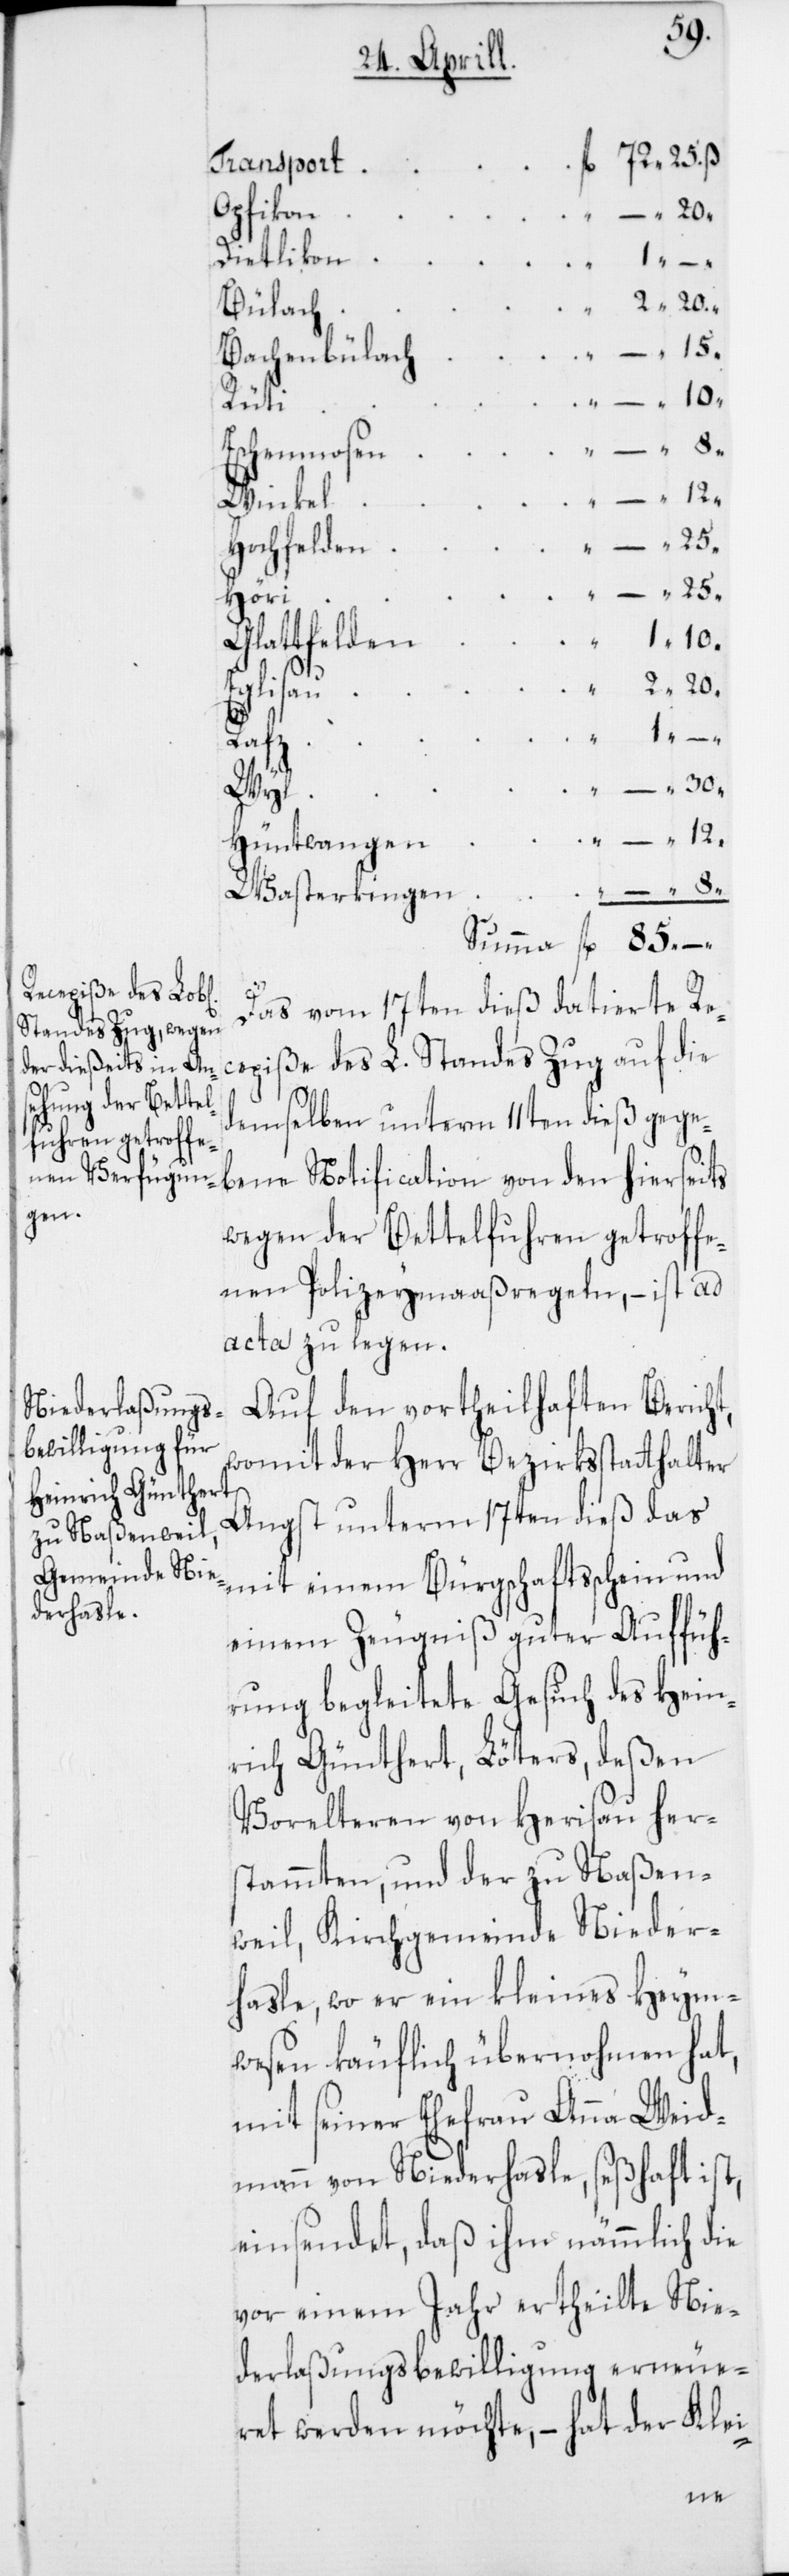
Transport
Opfikon
Dietlikon
Bülach
Bachenbülach
Rüti
Eschenmosen
Winkel
“
Hochfelden
Höri
Glattfelden
Eglisau
Rafz
Wyl
Hüntwangen
Wasterkingen
85.
Das vom 17ten dieß datierte Re¬
cepiße des L. Standes Zug auf die
demselben unterm 11ten dieß gege¬
bene Notification von den hierseits
wegen der Bettelfuhren getroffe¬
nen Polizeymaaßregeln, – ist ad
acta zu legen.
Auf den vortheilhaften Bericht,
womit der Herr Bezirksstatthalter
Angst unterm 17ten dieß das
mit einem Bürgschaftsschein und
einem Zeugnis guter Auffüh¬
rung begleitete Gesuch des Hein¬
rich Günthert, Löters, deßen
Vorelteren von Herisau her
stammten, und der zu Naßen¬
weil, Kirchgemeinde Nieder¬
hasle, wo er ein kleines Heym¬
wesen käuflich übernohmen hat,
mit seiner Ehefrau Anna Weid¬
mann von Niederhasle, seßhaft ist,
einsendet, daß ihm nämmlich die
vor einem Jahr ertheilte Nie¬
derlaßungsbewilligung erneue¬
ret werden möchte, – hat der Klei-